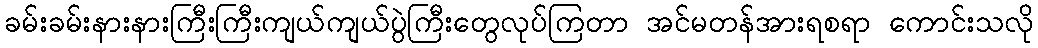
ခမ်းခမ်းနားနားကြီးကြီးကျယ်ကျယ်ပွဲကြီးတွေလုပ်ကြတာ အင်မတန်အားရစရာ ကောင်းသလို